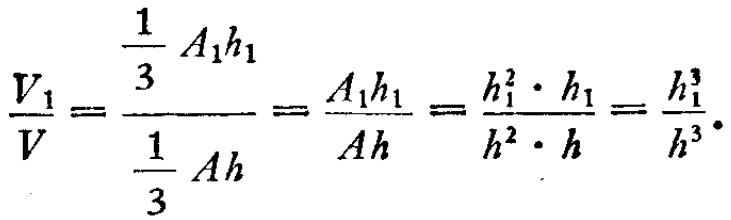
\[\frac{V_{1}}{V}=\frac{\frac{1}{3}A_{1}h_{1}}{\frac{1}{3}Ah}=\frac{A_{1}h_{1}}{Ah}=\frac{h_{1}^{2}\cdot h_{1}}{h^{2}\cdot h}=\frac{h_{1}^{3}}{h^{3}}.\]